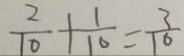
\frac { 2 } { 1 0 } + \frac { 1 } { 1 0 } = \frac { 3 } { 1 0 }